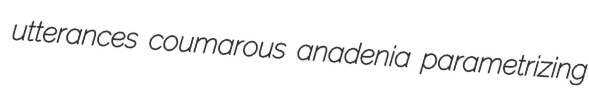
utterances coumarous anadenia parametrizing